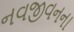
નવજીવનના